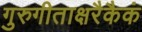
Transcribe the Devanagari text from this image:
गुरुगीताक्षरैकैकं